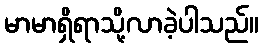
မာမာရှိရာသို့လာခဲ့ပါသည်။